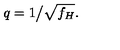
q = 1 \big / \sqrt { f _ { H } } .